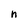
Character: n